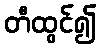
တီထွင်၍